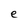
Character: e